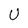
Character: U